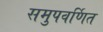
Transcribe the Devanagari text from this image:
समुपवर्णित